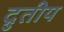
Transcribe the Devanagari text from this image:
द्रुतीय